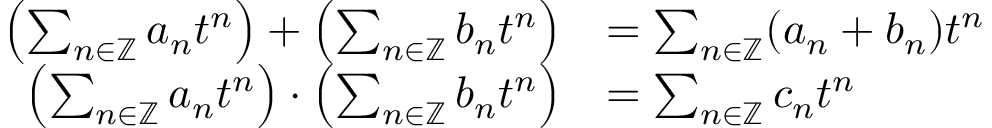
\begin{array} { r l } { \left( \sum _ { n \in \mathbb { Z } } a _ { n } t ^ { n } \right) + \left( \sum _ { n \in \mathbb { Z } } b _ { n } t ^ { n } \right) } & { = \sum _ { n \in \mathbb { Z } } ( a _ { n } + b _ { n } ) t ^ { n } } \\ { \left( \sum _ { n \in \mathbb { Z } } a _ { n } t ^ { n } \right) \cdot \left( \sum _ { n \in \mathbb { Z } } b _ { n } t ^ { n } \right) } & { = \sum _ { n \in \mathbb { Z } } c _ { n } t ^ { n } } \end{array}